Calcutta medical institutions reports 1871-78
Year: 1871
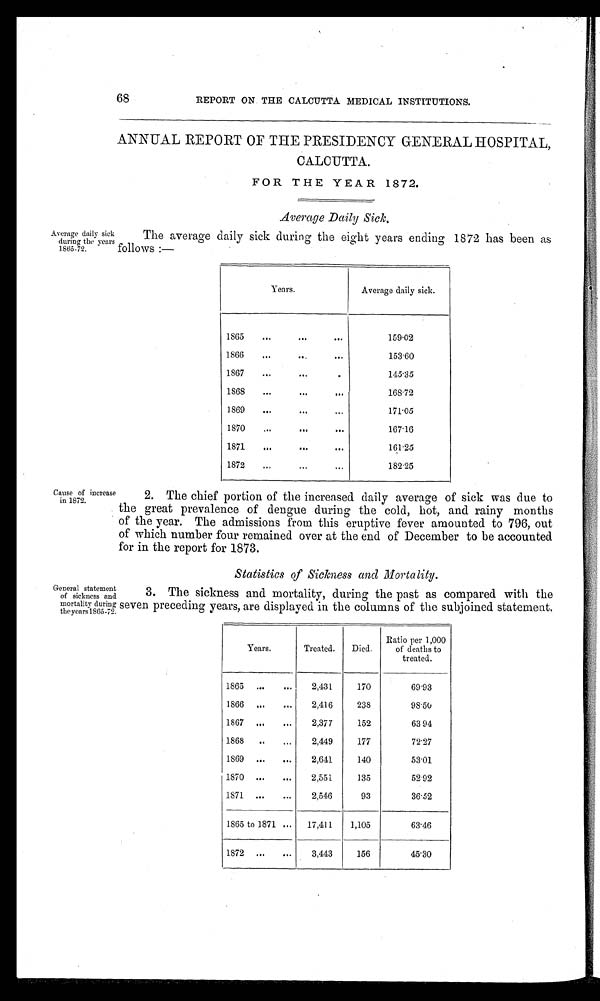
68
REPORT ON THE CALCUTTA MEDICAL INSTITUTIONS.
ANNUAL REPORT OF THE PRESIDENCY GENERAL HOSPITAL,
CALCUTTA.
FOR THE YEAR 1872.
Average Daily Sick.
Average daily sick
during the year
1865-72.
Cause of increase
in 1872
The average daily sick during the eight years ending 1872 has been as
Follows :—
Years.
Average daily sick.
1865
...
. . .
. . .
1 5 9 . 0 2
1866
...
. . .
. . .
153.60
1867
...
. . .
...
1 4 5 . 3 5
1868
...
. . .
. . .
168.72
1869
...
. . .
. . .
171.05
1870
...
. . .
. . .
1 6 7 . 1 6
1871
...
. . .
. . .
161.25
1872
...
. . .
. . .
182.25
2. The chief portion of the increased daily average of sick was due to
the great prevalence of dengue during the cold, hot, and rainy months
of the year. The admissions from this eruptive fever amounted to 796, out
of which number four remained over at the end of December to be accounted
for in the report for 1873.
Statistics of Sickness and Mortality.
General statement
of sickness and
mortality during
the years 1865-72.
3. The sickness and mortality, during the past as compared with the
seven preceding years, are displayed in the columns of the subjoined statement.
Years.
Treated.
Died.
Ratio per 1,000
of deaths to
treated.
1865 ...
...
2,431
170
69.93
1866 ...
...
2,416
238
9 8 . 5 0
1867 ...
...
2,377
152
63 94
1868 ...
...
2,449
177
72.27
1869 ...
...
2,641
140
53.01
1870 ...
...
2,551
135
52.92
1S71 ...
...
2,546
93
36.52
1865 to 1871
...
...
17,411
1,105
63.46
1872 ...
...
3,443
156
45.30